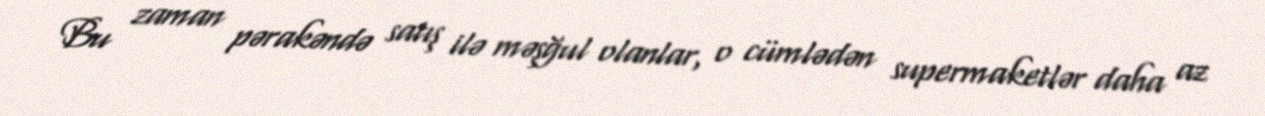
Bu zaman pərakəndə satış ilə məşğul olanlar, o cümlədən supermaketlər daha az